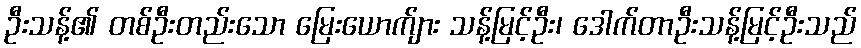
ဦးသန့်၏ တစ်ဦးတည်းသော မြေးယောက်ျား သန့်မြင့်ဦး၊ ဒေါက်တာဦးသန့်မြင့်ဦးသည်